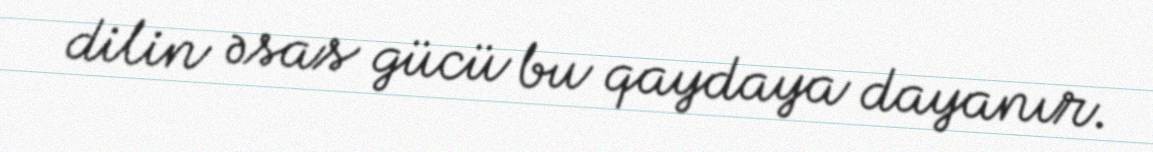
dilin əsas gücü bu qaydaya dayanır.